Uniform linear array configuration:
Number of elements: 16
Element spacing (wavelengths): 0.5
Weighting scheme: binomial
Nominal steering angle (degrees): -60
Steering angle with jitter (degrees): -60.971
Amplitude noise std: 0.05
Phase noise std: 0.05

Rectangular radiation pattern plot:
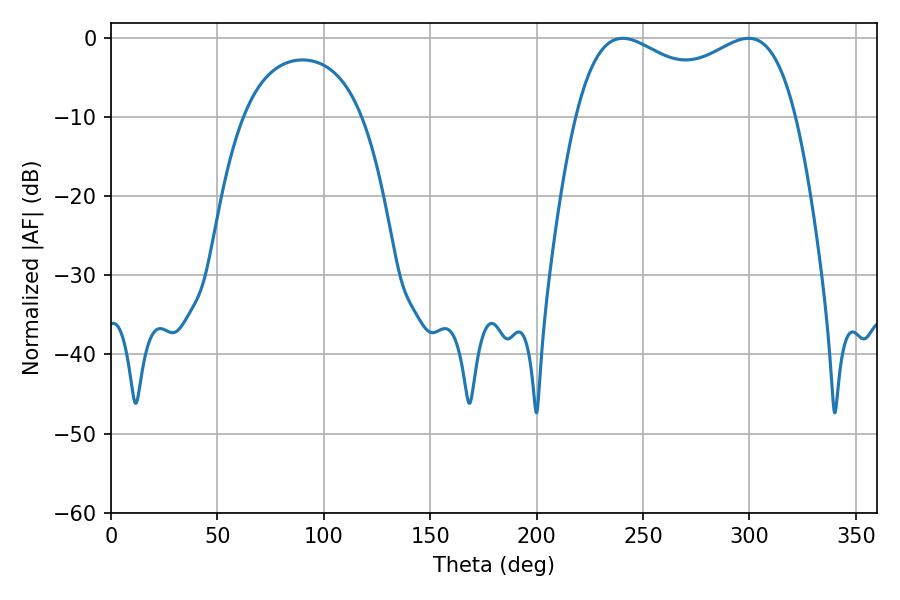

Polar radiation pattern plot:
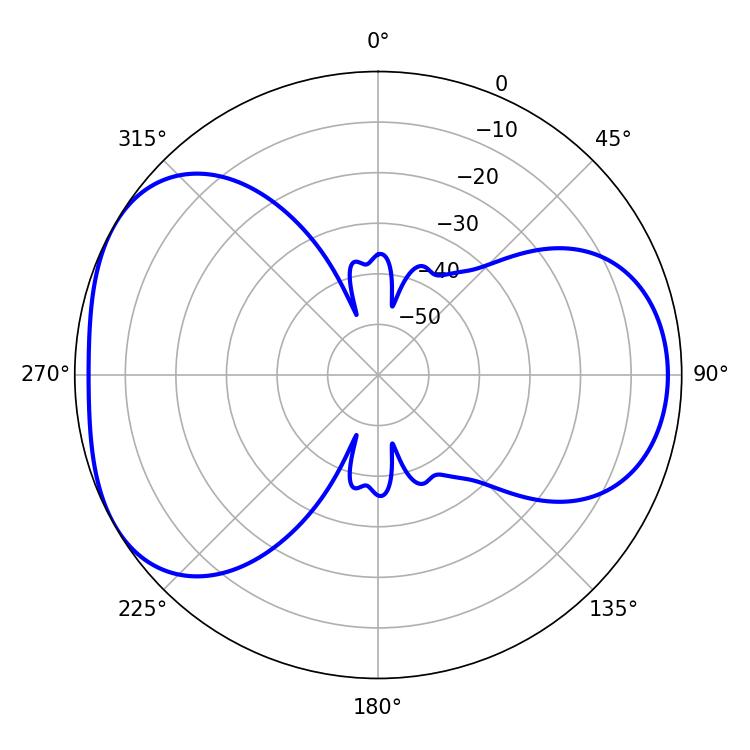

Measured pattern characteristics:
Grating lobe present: FALSE
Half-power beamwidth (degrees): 85.68
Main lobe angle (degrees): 240.48